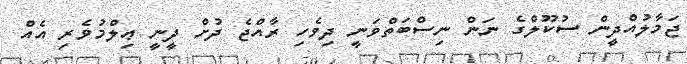
ޖަމާލުއްދީން ސުކޫލްގެ ނަން ނިސްބަތްވަނީ ދިވެހި ރާއްޖެ ދުށް ދީނީ ޢިލްމުވެރި އެއް